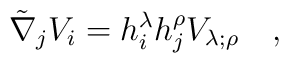
\tilde{\nabla}_j V_i= h^{\lambda}_i h^{\rho}_jV_{\lambda;\rho}~~~,